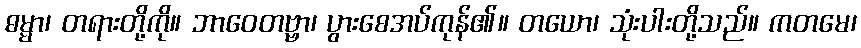
ဓမ္မာ၊ တရားတို့ကို။ ဘာဝေတဗ္ဗာ၊ ပွားစေအပ်ကုန်၏။ တယော၊ သုံးပါးတို့သည်။ ကတမေ၊